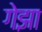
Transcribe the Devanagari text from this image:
गेझा